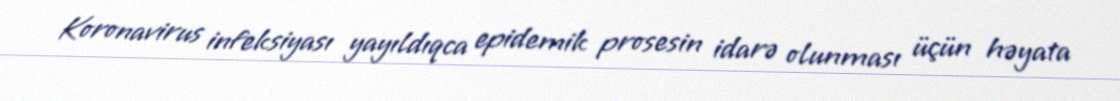
Koronavirus infeksiyası yayıldıqca epidemik prosesin idarə olunması üçün həyata